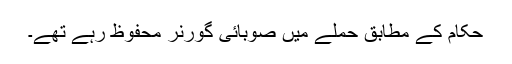
حکام کے مطابق حملے میں صوبائی گورنر محفوظ رہے تھے۔